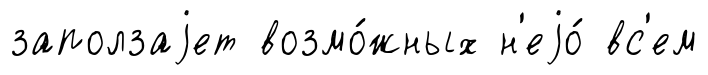
заползаjет возмо́жных н'еjо́ вс'ем